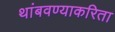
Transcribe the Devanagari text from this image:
थांबवण्याकरिता